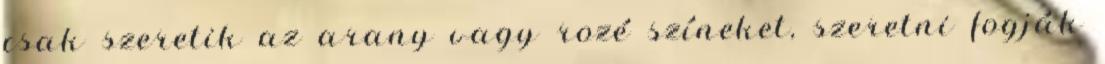
csak szeretik az arany vagy rozé színeket, szeretni fogják